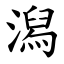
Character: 潟